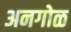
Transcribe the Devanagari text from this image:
अनगोळ